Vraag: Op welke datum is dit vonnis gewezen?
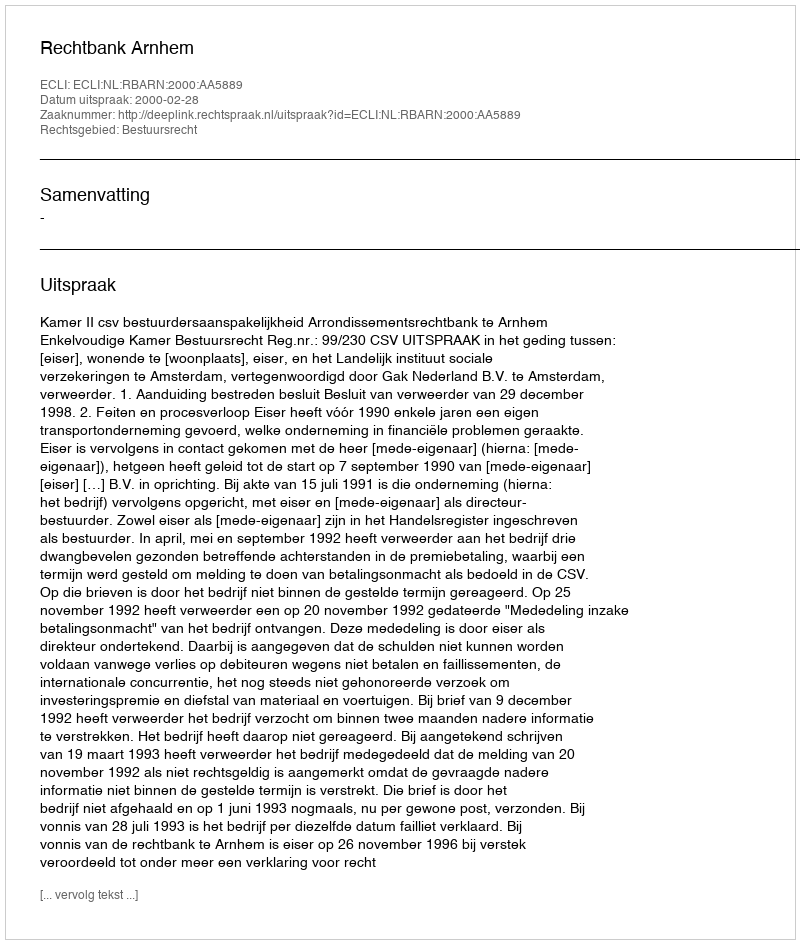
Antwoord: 2000-02-28